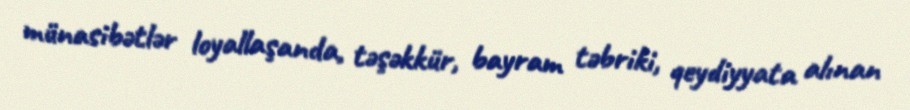
münasibətlər loyallaşanda, təşəkkür, bayram təbriki, qeydiyyata alınan